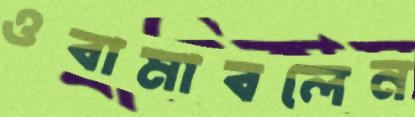
ওবামাবলেন